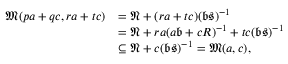
\begin{array} { r l } { \mathfrak M ( p a + q c , r a + t c ) } & { = \mathfrak N + ( r a + t c ) ( \mathfrak b \mathfrak s ) ^ { - 1 } } \\ & { = \mathfrak N + r a ( a \mathfrak b + c R ) ^ { - 1 } + t c ( \mathfrak b \mathfrak s ) ^ { - 1 } } \\ & { \subseteq \mathfrak N + c ( \mathfrak b \mathfrak s ) ^ { - 1 } = \mathfrak M ( a , c ) , } \end{array}